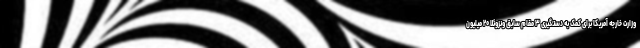
وزارت خارجه آمریکا برای کمک به دستگیری ۳ مقام سابق ونزوئلا ۲۰ میلیون